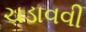
ચડાવવી